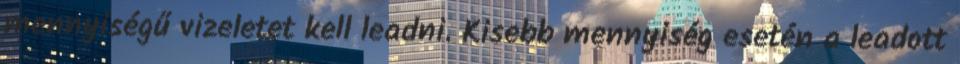
mennyiségű vizeletet kell leadni. Kisebb mennyiség esetén a leadott